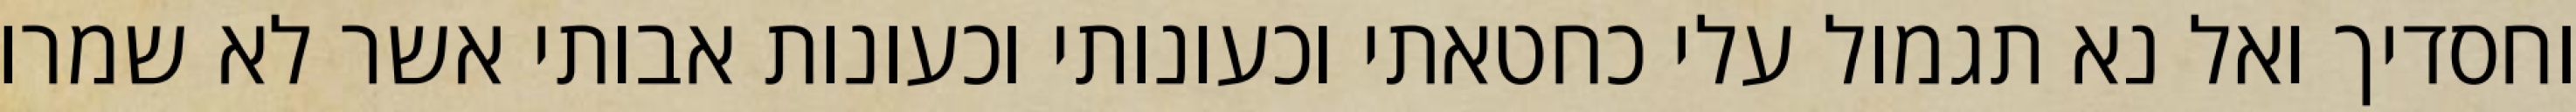
וחסדיך ואל נא תגמול עלי כחטאתי וכעונותי וכעונות אבותי אשר לא שמרו